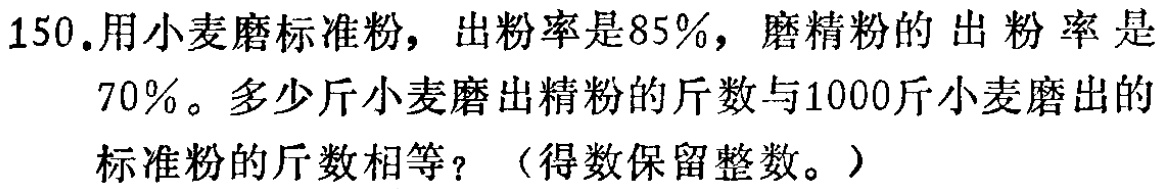
150.用小麦磨标准粉，出粉率是85%，磨精粉的出粉率是70%。多少斤小麦磨出精粉的斤数与1000斤小麦磨出的标准粉的斤数相等？（得数保留整数。）